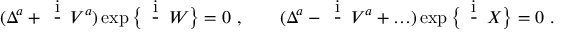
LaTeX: ( \Delta ^ { a } + \mathrm { \Large ~ \frac { i } { \hbar } ~ } V ^ { a } ) \exp \big \{ \mathrm { \Large ~ \frac { i } { \hbar } ~ } W \big \} = 0 ~ , \qquad ( \Delta ^ { a } - \mathrm { \Large ~ \frac { i } { \hbar } ~ } V ^ { a } + \ldots ) \exp \big \{ \mathrm { \Large ~ \frac { i } { \hbar } ~ } X \big \} = 0 ~ .